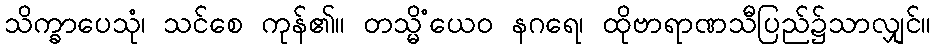
သိက္ခာပေသုံ၊ သင်စေ ကုန်၏။ တသ္မိံယေဝ နဂရေ၊ ထိုဗာရာဏသီပြည်၌သာလျှင်။